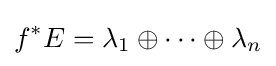
f^{*}E=\lambda _{1}\oplus \cdots \oplus \lambda _{n}